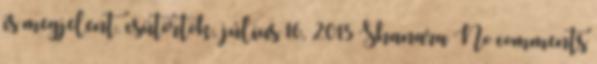
is megjelent. csütörtök, július 16, 2015 Shanara No comments